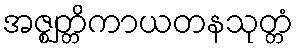
အဇ္ဈတ္တိကာယတနသုတ္တံ